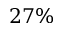
2 7 \%